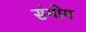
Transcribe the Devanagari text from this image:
संगोग